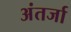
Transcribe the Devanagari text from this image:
अंतर्जा